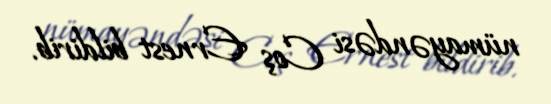
nümayəndəsi Coş Ernest bildirib.